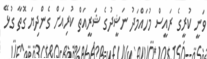
ވަނީ ކުރީގެ ރައީސް މުހައްމަދު ނަޝީދުގެ ޝަރީއަތް ކުރިއަށް ގެންދިޔަ ގޮތާ ގުޅޭ